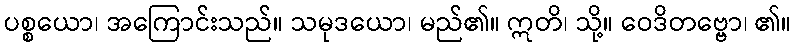
ပစ္စယော၊ အကြောင်းသည်။ သမုဒယော၊ မည်၏။ ဣတိ၊ သို့။ ဝေဒိတဗ္ဗော၊ ၏။